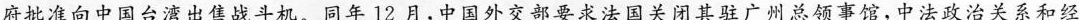
府批准向中国台湾出售战斗机。同年12月，中国外交部要求法国关闭其驻广州总领事馆，中法政治关系和经